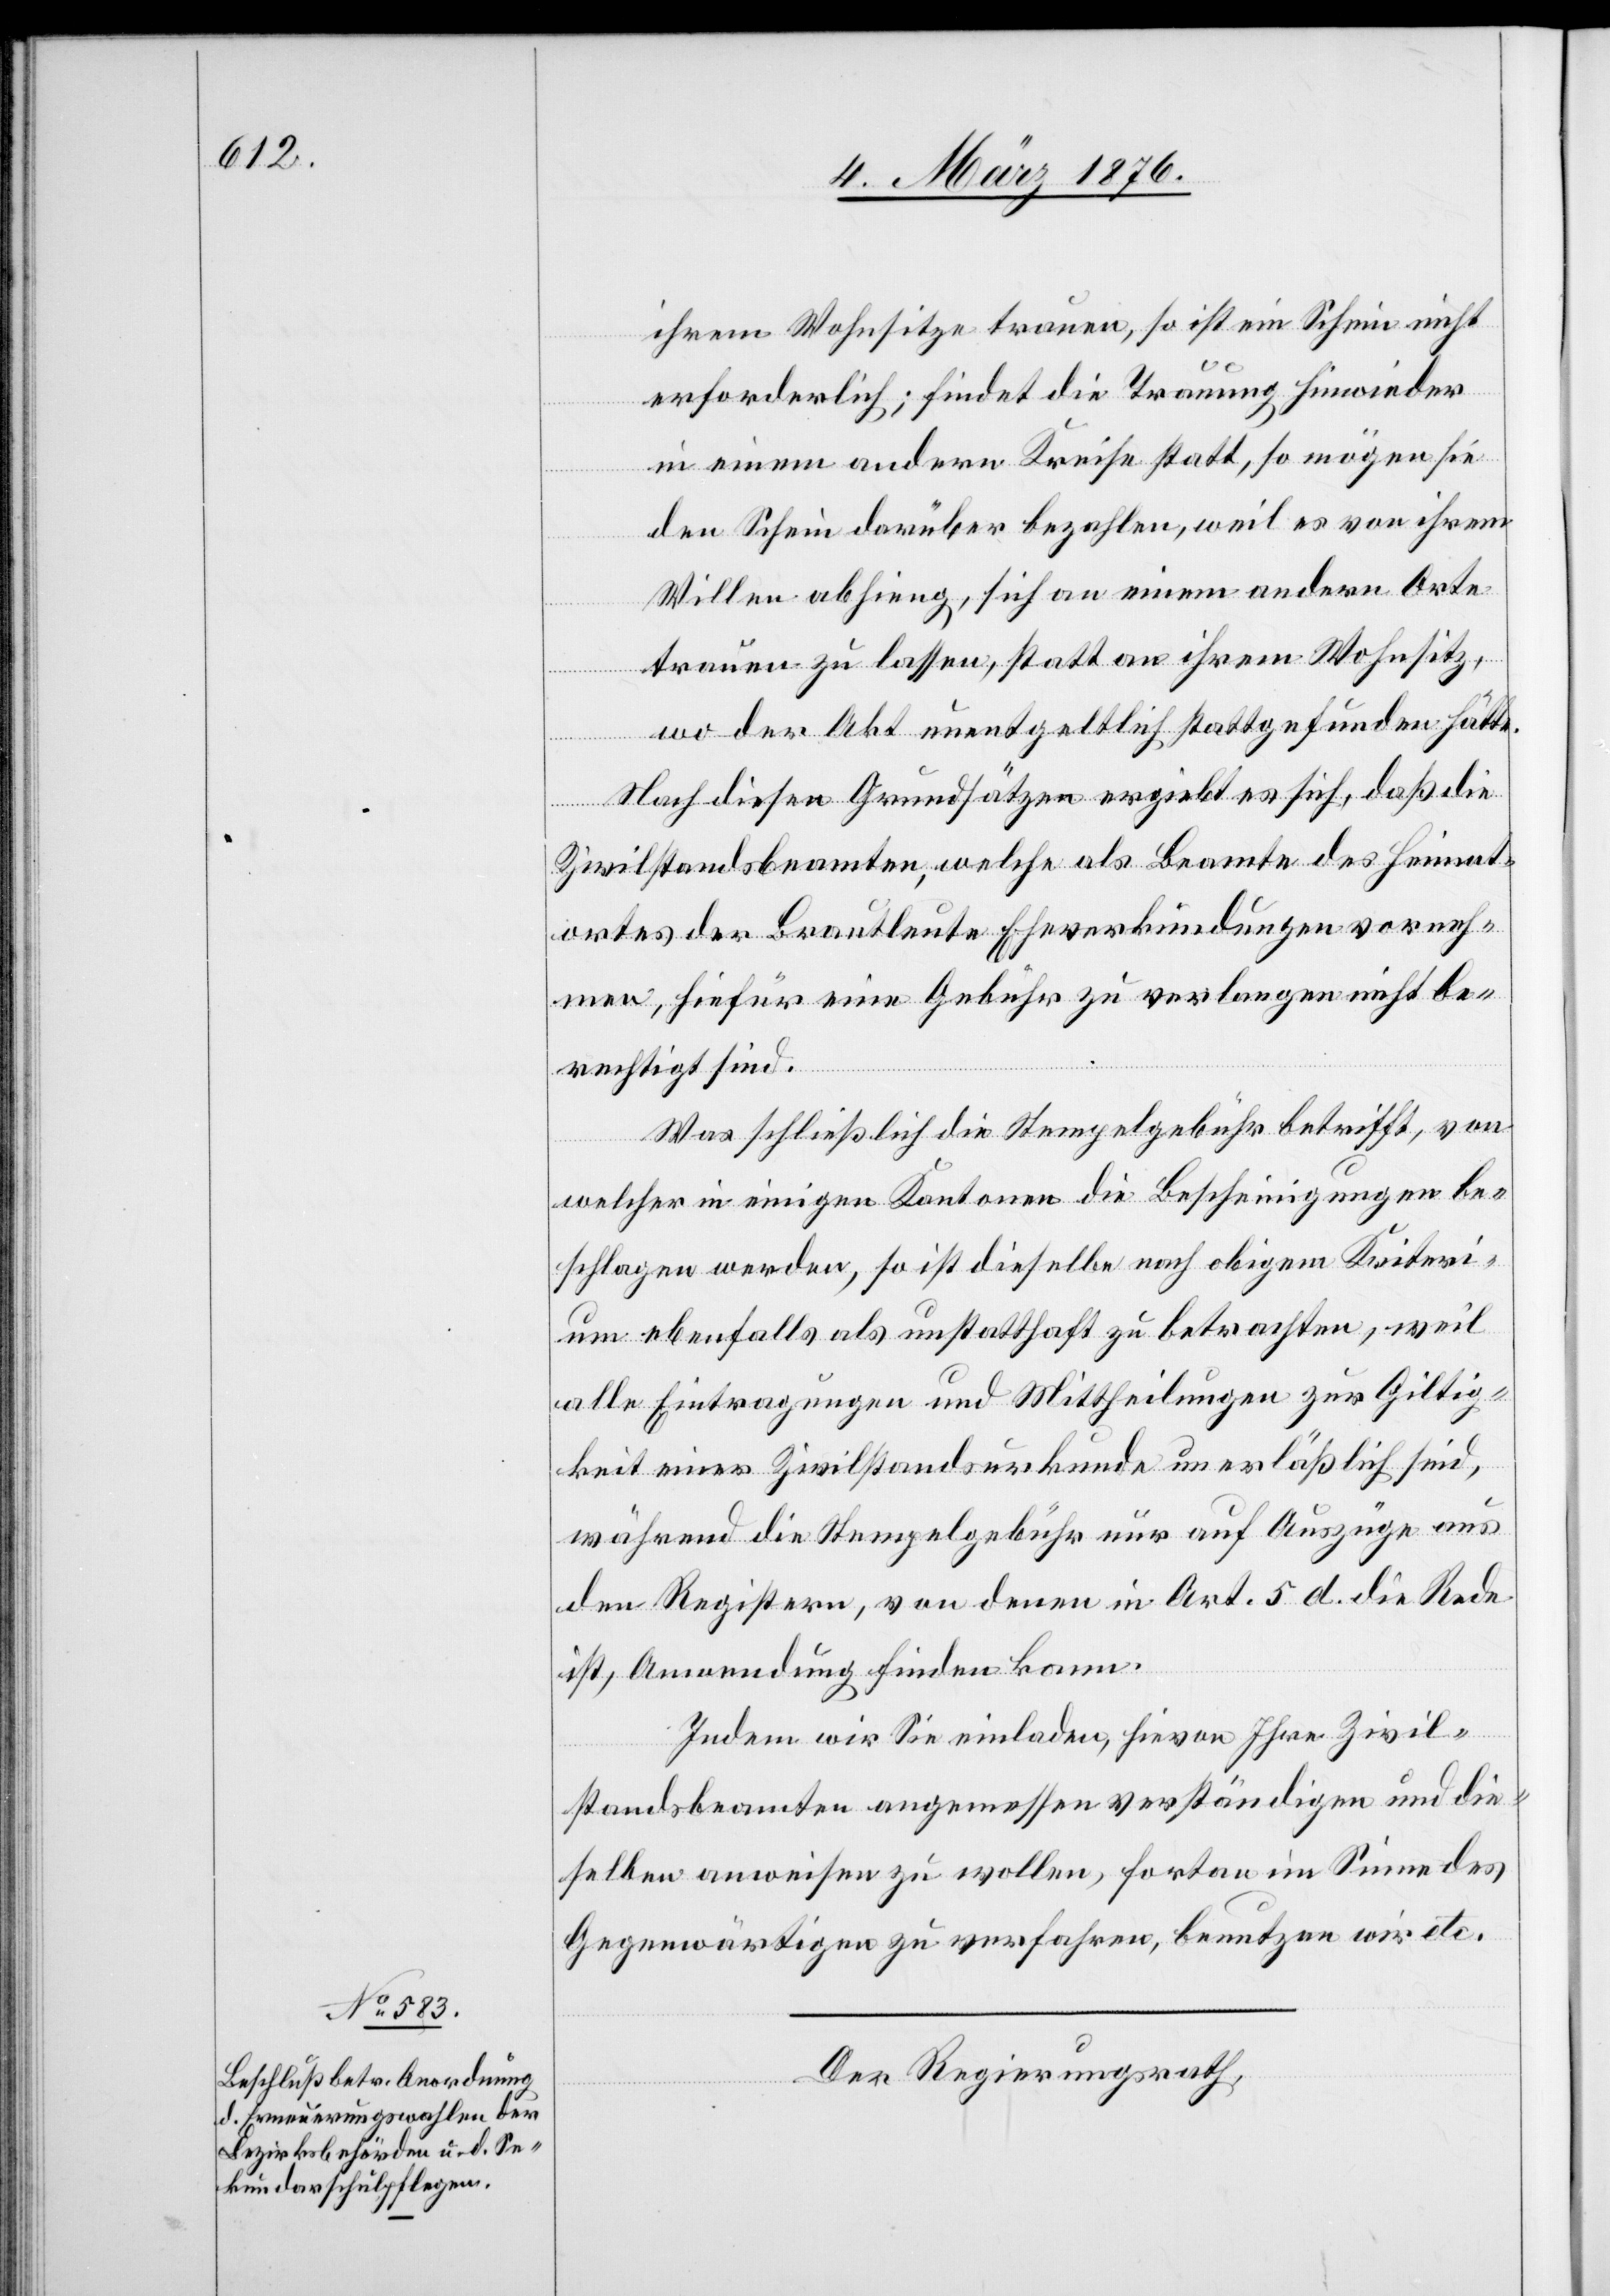
ihrem Wohnsitze trauen, so ist ein Schein nicht
erforderlich; findet die Trauung hinwieder
in einem andern Kreise statt, so mögen sie
den Schein darüber bezahlen, weil es von ihrem
Willen abhieng, sich an einem andern Orte
trauen zu lassen, statt an ihrem Wohnsitz,
wo der Akt unentgeltlich stattgefunden hätte.
Nach diesen Grundsätzen ergiebt es sich, daß die
Zivilstandsbeamten, welche als Beamte des Heimat¬
ortes der Brautleute Eheverkündigungen vorneh¬
men, hiefür eine Gebühr zu verlangen nicht be¬
rechtigt sind.
Was schließlich die Stempelgebühr betrifft, von
welcher in einigen Kantonen die Bescheinigungen be¬
schlagen werden, so ist dieselbe nach obigem Kriteri¬
um ebenfalls als unstatthaft zu betrachten, weil
alle Eintragungen und Mittheilungen zur Giltig¬
keit einer Zivilstandsurkunde unerläßlich sind,
während die Stempelgebühr nur auf Auszüge aus
den Registern, von denen in Art. 5 d die Rede
ist, Anwendung finden kann.
Indem wir Sie einladen, hievon Ihre Zivil¬
standsbeamten angemessen verständigen und die¬
selben anweisen zu wollen, fortan im Sinne des
Gegenwärtigen zu verfahren, benutzen wir etc.
Der Regierungsrath,